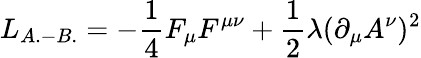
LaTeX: L_{A.-B.}=-\frac{1}{4}F_{\mu}F^{\mu\nu}+\frac{1}{2}\lambda(\partial_{\mu}A^{\nu})^{2}